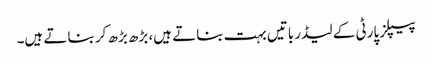
پیپلز پارٹی کے لیڈر باتیں بہت بناتے ہیں، بڑھ بڑھ کر بناتے ہیں۔